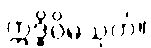
ဣဒ္ဓိဝိဓသုတ်။